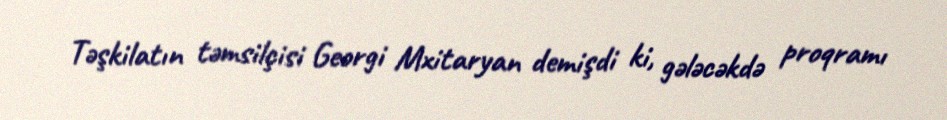
Təşkilatın təmsilçisi Georgi Mxitaryan demişdi ki, gələcəkdə proqramı